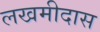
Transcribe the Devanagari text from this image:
लखमीदास